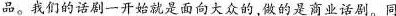
品。我们的话剧一开始就是面向大众的,做的是商业话剧。同